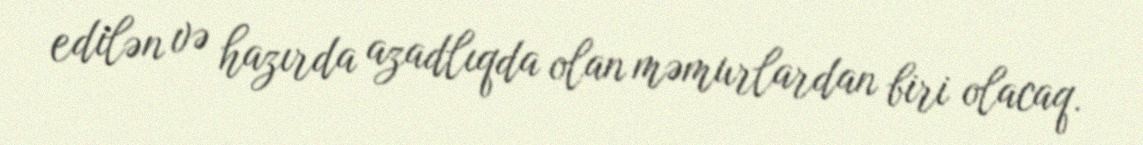
edilən və hazırda azadlıqda olan məmurlardan biri olacaq.